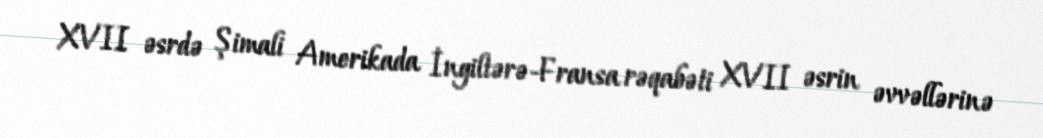
XVII əsrdə Şimali Amerikada İngiltərə-Fransa rəqabəti XVII əsrin əvvəllərinə